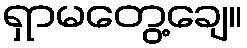
ရှာမတွေ့ချေ။